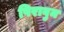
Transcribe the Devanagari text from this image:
पिरावुम